Vaccination North-Western Provinces 1866-1877 - 1866-1877
Year: 1866
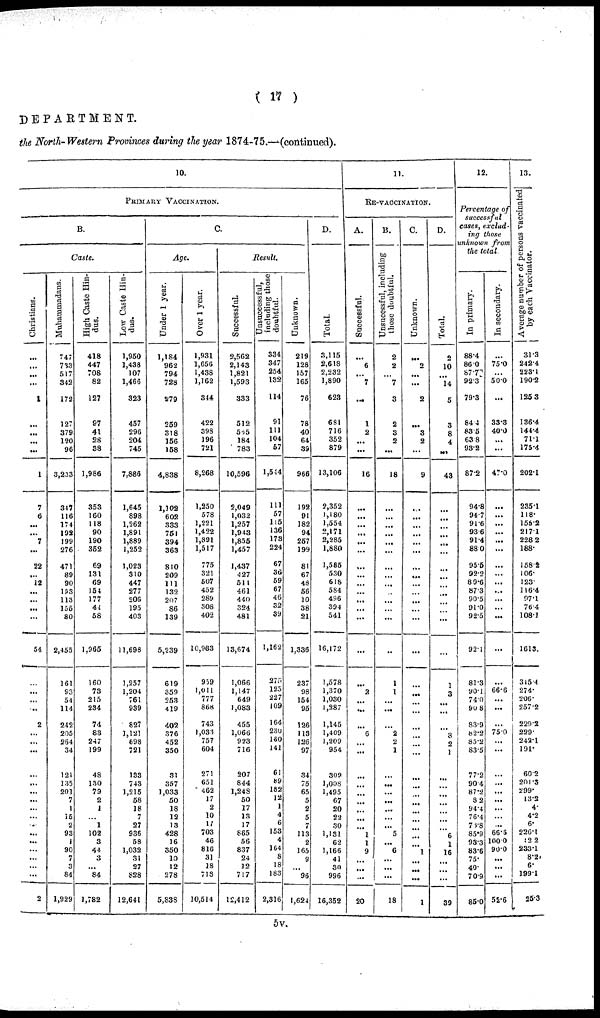
( 17 )
DEPARTMENT.
the North- Western Provinces during the year 1874-75.—(continued).
10.
PRIMARY VACCINATION.
B.
Caste.
Christians.
...
...
...
1
...
...
...
...
1
7
6
...
...
7
...
22
...
12
...
...
...
...
54
...
...
...
...
2
...
...
...
...
...
...
...
...
...
...
...
...
...
...
...
...
2
Muhammadans.
747
733
517
342
172
127
379
120
96
3,233
347
116
174
192
199
276
471
89
90
153
113
155
80
2,455
161
9S3
54
114
242
205
264
34
121
135
201
7
1
15
2
93
1
90
7
3
84
1,929
High Caste Hin-
dus.
418
447
708
82
127
97
41
28
38
1,986
353
160
118
90
190
352
69
131
69
154
177
44
58
1,965
160
73
215
234
74
83
247
199
48
130
79
2
1
...
1
102
3
44
3
...
84
1,782
Low Caste Hin-
dus.
1,950
1,438
107
1,466
323
457
296
204
745
7,886
1,645
898
1,262
1,891
1,889
1,252
1,023
310
447
277
206
195
403
11,698
1,257
1,204
761
939
827
1,121
698
721
133
743
1,215
58
18
7
27
936
58
1,032
31
27
828
12,641
C.
Age.
Under 1 year.
1,184
962
794
728
279
259
318
156
158
4,838
1,102
602
333
751
394
363
810
209
111
132
207
86
139
5,239
619
359
253
419
402
376
452
350
31
357
1,033
50
18
12
13
428
16
350
10
12
278
5,838
Over 1 year.
1,931
1,656
1,438
1,162
344
422
398
1196
721
8,268
1,250
578
1,221
1,422
1,891
1,517
775
321
507
452
289
308
402
10,933
959
1,011
777
868
743
1,033
757
604
271
651
462
17
2
10
11
703
46
816
31
18
718
10,514
Result.
Successful.
2,562
2,143
1,821
1,593
333
512
565
184
783
10,596
2,049
1,032
1,257
1,943
1,855
1,457
1,437
427
511
461
440
324
481
13,674
1,066
1,147
649
1,083
455
1,066
923
716
207
844
1,248
50
17
13
17
865
56
837
24
12
717
12,412
Unsuccessful,
including those
doubtful.
334
347
254
132
114
91
111
104
57
1,544
111
57
115
136
173
224
67
36
59
67
46
32
39
1,162
275
125
227
109
164
230
160
141
61
89
182
12
1
4
6
153
4
164
8
18
183
2,316
Unknown.
219
128
157
165
76
78
40
64
39
966
192
91
182
94
257
199
81
67
48
56
10
38
21
1,336
237
98
154
95
126
113
126
97
34
75
65
5
2
5
7
113
2
165
9
...
96
1,624
D.
Total.
3,115
2,618
2,232
1,890
623
681
716
352
879
13,106
2,352
1,180
1,554
2,171
2,285
1,880
1,585
530
618
584
496
394
541
16,172
1,578
1,370
1,030
1,287
1,145
1,409
1,209
954
302
1,008
1,495
67
20
22
30
1,131
62
1,166
41
30
996
16,352
11.
RE-VACINATION.
A.
Successful.
...
6
...
7
...
1
2
...
...
16
...
...
...
...
...
...
...
...
...
...
...
...
...
...
...
2
...
...
...
6
...
...
...
...
...
...
...
...
...
1
1
9
...
...
...
20
B.
Unsucessful, including
those doubtful.
2
2
...
7
3
2
3
2
...
18
...
...
...
...
...
...
...
...
...
...
...
...
...
...
1
1
...
...
...
2
2
1
...
...
...
...
...
...
...
5
...
6
...
...
...
18
C.
Unknown.
...
2
...
...
2
...
3
2
...
9
...
...
...
...
...
...
...
...
...
...
...
...
...
...
...
...
...
...
...
...
...
...
...
...
...
...
...
...
...
...
...
1
...
...
...
1
D.
Total.
2
10
...
14
5
3
8
4
...
43
...
...
...
...
...
...
...
...
...
...
...
...
...
...
1
3
...
...
...
3
2
1
...
...
...
...
...
...
...
6
1
16
...
...
...
39
12.
Percentage of
successful
eases, exclud-
ing those
unknown
from
the total.
In primary.
88.4
86.0
87.7
92.3
79.3
84.4
83.5
63.8
93.2
87.2
94.8
94.7
91.6
93.6
91.4
88.0
95.5
92.2
89.6
87.3
90.5
91.0
92.5
92.1
81.3
90.1
74.0
90.8
83.9
82.0
85.2
83.5
77.2
90.4
87.2
8.2
94.4
76.4
73.8
85.9
93.3
83.6
75.
40.
70.9
85.0
In secondary.
...
75.0
...
50.
...
33.3
40.0
...
...
47.0
...
...
...
...
...
...
...
...
...
...
...
...
...
...
66.6
...
...
...
75.0
...
...
...
...
...
...
...
...
...
66.6
100.0
90.0
...
...
...
52.6
13.
Average number of persons vaccinated
by each Vaccinator.
31.3
242.4
223.1
190.2
125.3
136.4
144.4
71.1.
175.4
202.1
235.1
118.
156.2
217.1
228.2
188.
158.2
106.
123.
116.4
97.1
76.4
108.1
1613.
315.4
274.
206.
257.2
229.2
229.
242.1
191.
60.2
201.3
299.
13.2
4.
4.2
6.
226.1
12.2
233.1
8.2.
6.
199.1
25.3
5v